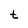
Character: t